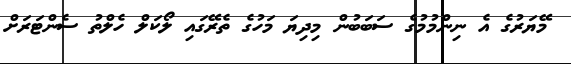
މޭޔަރުގެ އެ ނިންމުމުގެ ސަބަބުން މިދިޔަ މަހުގެ ތެރޭގައި ލޯކަލް ހެލްތު ސެންޓަރަށް